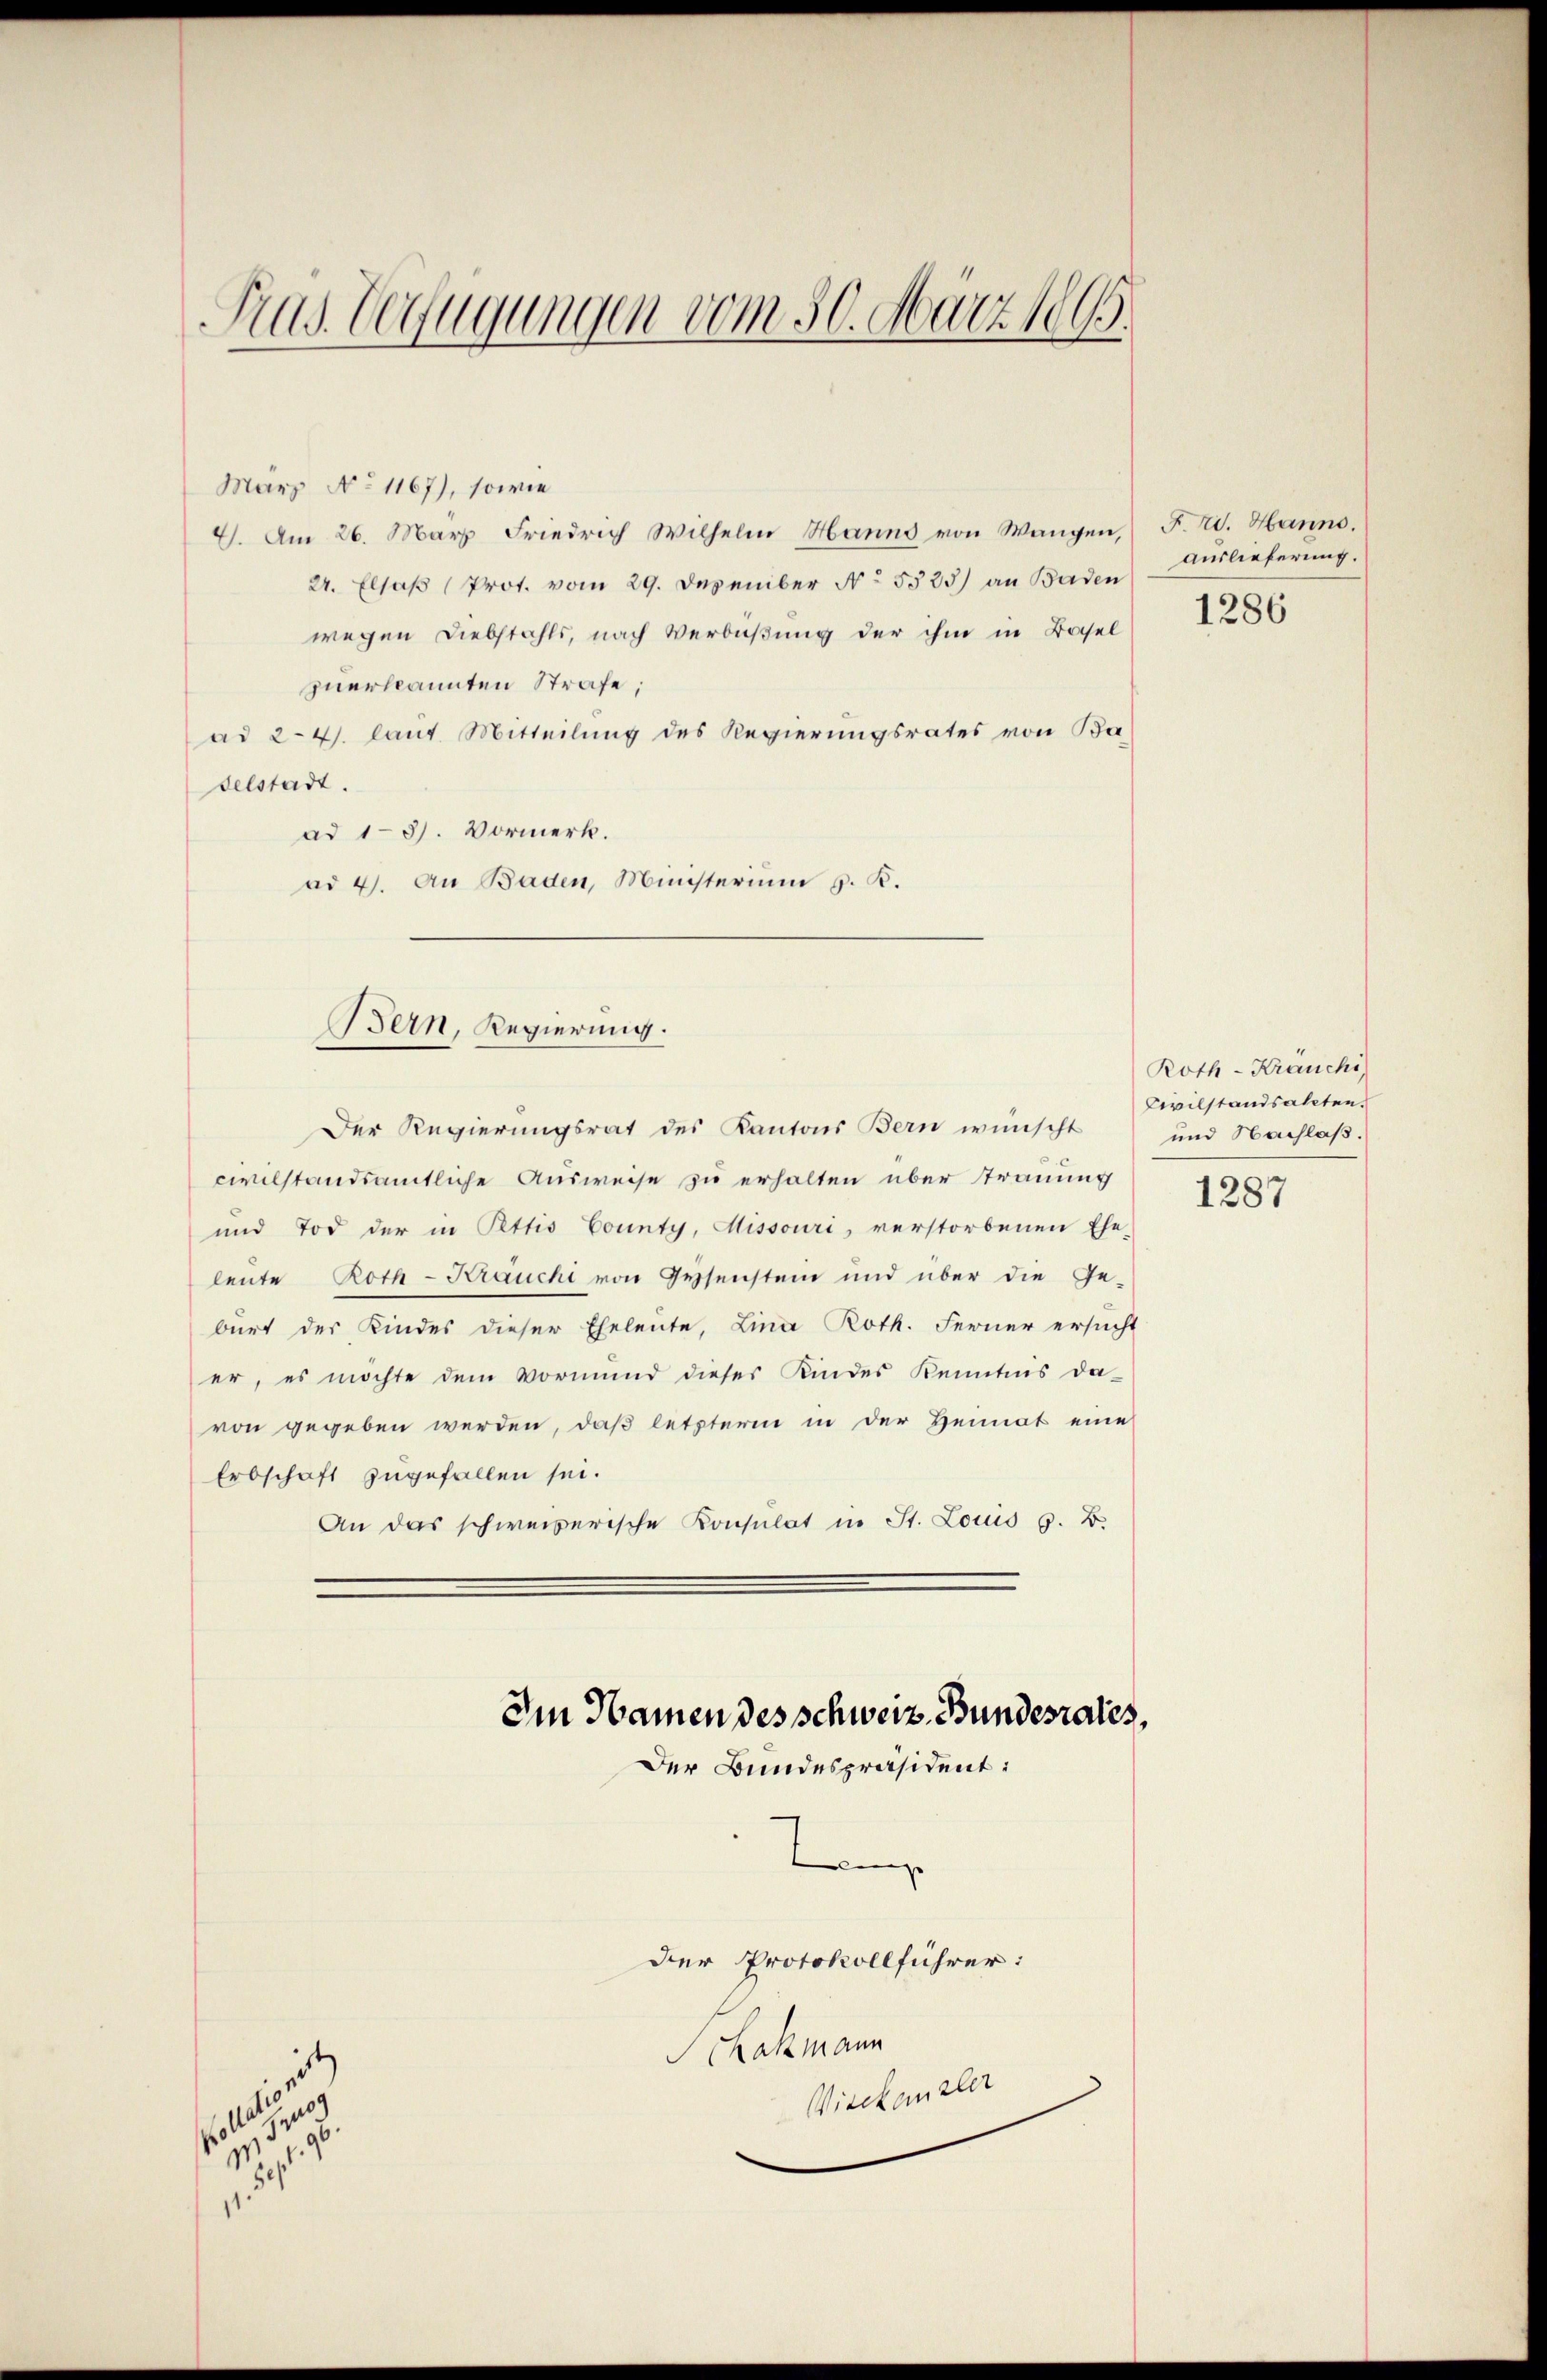
Pras. Verfügungen vom 30. März 1895.

März No 1167), sowie
4. Am 26. März Friedrich Wilhelm Hanno von Wangen,
24. Elsaß (Prot. vom 29. Dezember No. 5525) an Baden
wegen Diebstahls, nach Verbüßung der ihm in Basel
zuerkannten Strafe;
ad 24. laut. Mitteilŭng des Regierungsrates von Ba
selstadt.
ad 1-3). Vormerk.
ad 4. An Baden, Ministerium z. B.
Der Regierungsrat des Kantons Bern wünscht
civilstandsamtliche Ausweise zu erhalten über Trauung
und Tod der in Pttis County, Missouri, verstorbenen Ehe-
leute Roth - Krauche von Gysenstein und über die Ge-
burt der Kindes dieser Eheleute, Lina Roth. Ferner ersucht
er, es möchte dem Vormund dieses Kindes Kenntnis da-
von gegeben werden, daß letzteren in der Heimat eine
Erbschaft zugefallen sei.
An das schweizerische Konsulat in St. Louis s. B.

e
.

Bern, Regierung.

Im Namen des schweiz. Bundesrates,

Der Bundespräsident:

linge
Der Protokollführer:
Schakmann
Wieckanzler

F. W. Hanno.
Auslieferung.

1286

Roth - Kräuchi
Civilstandsateten.
und Nachlaß.

1287